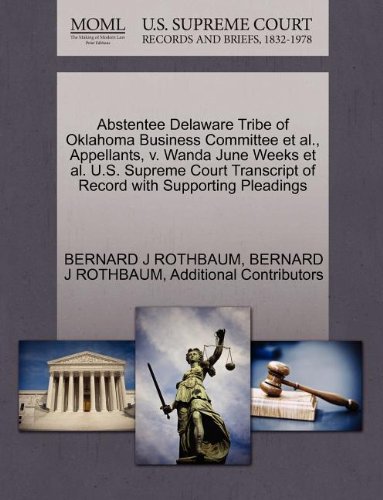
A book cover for Abstentee Delaware Tribe of Oklahoma Business Committee et al., Appellants, v. Wanda June Weeks et al. U.S. Supreme Court Transcript of Record with Supporting Pleadings; BERNARD J ROTHBAUM; Law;